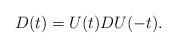
LaTeX: \begin{align*}D(t) = U(t)DU(-t).\end{align*}